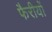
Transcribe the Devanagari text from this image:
फैरीयों